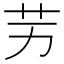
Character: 𦬋